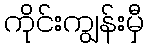
ကိုင်းကျွန်းမှီ